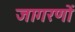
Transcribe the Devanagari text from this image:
जागरणों